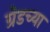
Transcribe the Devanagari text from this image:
ग्रेडच्या